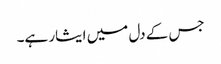
جس کے دل میں ایثار ہے۔